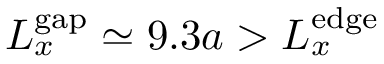
L _ { x } ^ { \mathrm { g a p } } \simeq 9 . 3 a > L _ { x } ^ { \mathrm { e d g e } }